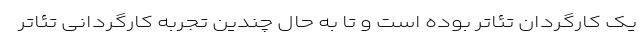
یک کارگردان تئاتر بوده است و تا به حال چندین تجربه کارگردانی تئاتر